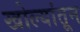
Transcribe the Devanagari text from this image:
खोल्यांतून